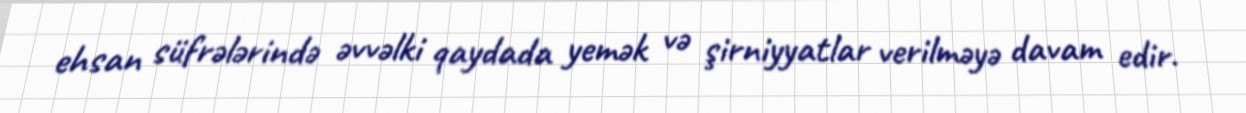
ehsan süfrələrində əvvəlki qaydada yemək və şirniyyatlar verilməyə davam edir.